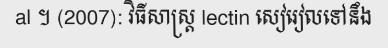
al ។ (2007): វិធីសាស្ត្រ lectin សៀរៀលទៅនឹង